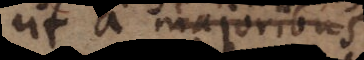
ut a majoribus